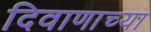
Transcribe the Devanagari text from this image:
दिवाणाच्या